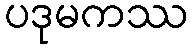
ပဒုမကဿ